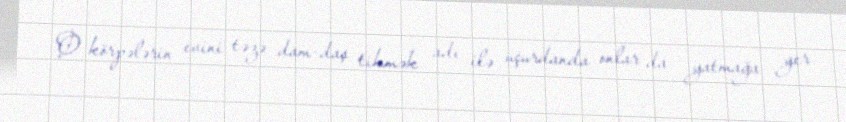
O körpələrin evini təzə dam-daş tikmək adı ilə uçurdanda onlar da yatmağa yer